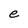
Character: e